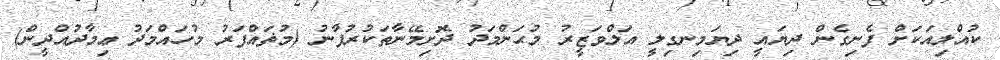
ކުއްލިއަކަށް ފެނިގެން ދިޔައީ ދިޔަމިނގިލީ އަލްވަޒީރު މުޙަންމަދު ދޮށިމޭނާތަކުރުފާނު (މުޡައްފަރު މުހައްމަދު ޢިމާދުއްދީން)